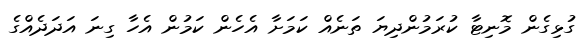
ގުޅިގެން މޮނިޓާ ކުރަމުންދިޔަ ތަނެއް ކަމަށާ އެހެން ކަމުން އެހާ ގިނަ އަަދަދެއްގެ